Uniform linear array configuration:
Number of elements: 32
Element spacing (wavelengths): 0.5
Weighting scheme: uniform
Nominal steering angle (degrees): -30
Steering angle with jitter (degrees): -28.098
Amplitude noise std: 0.05
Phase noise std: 0.05

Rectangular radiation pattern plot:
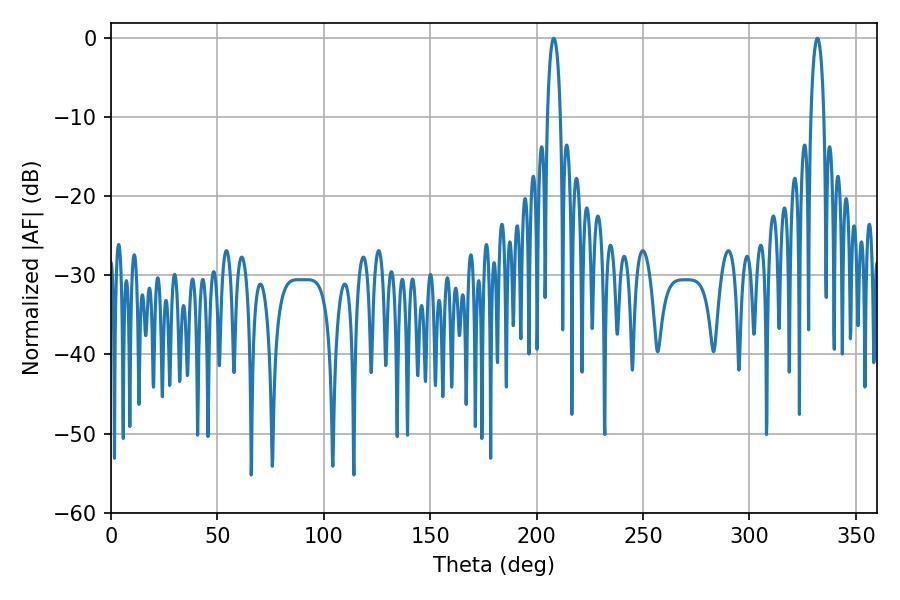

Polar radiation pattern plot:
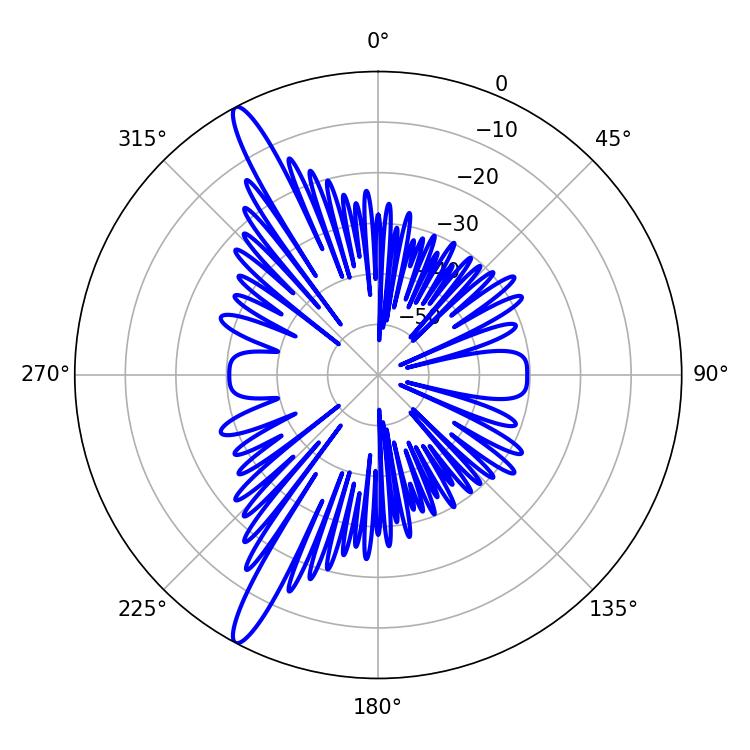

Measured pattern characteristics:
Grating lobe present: FALSE
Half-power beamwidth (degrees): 3.6
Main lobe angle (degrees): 208.08